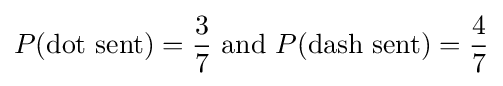
P({\text{dot sent}})={\frac {3}{7}}{\text{ and }}P({\text{dash sent}})={\frac {4}{7}}